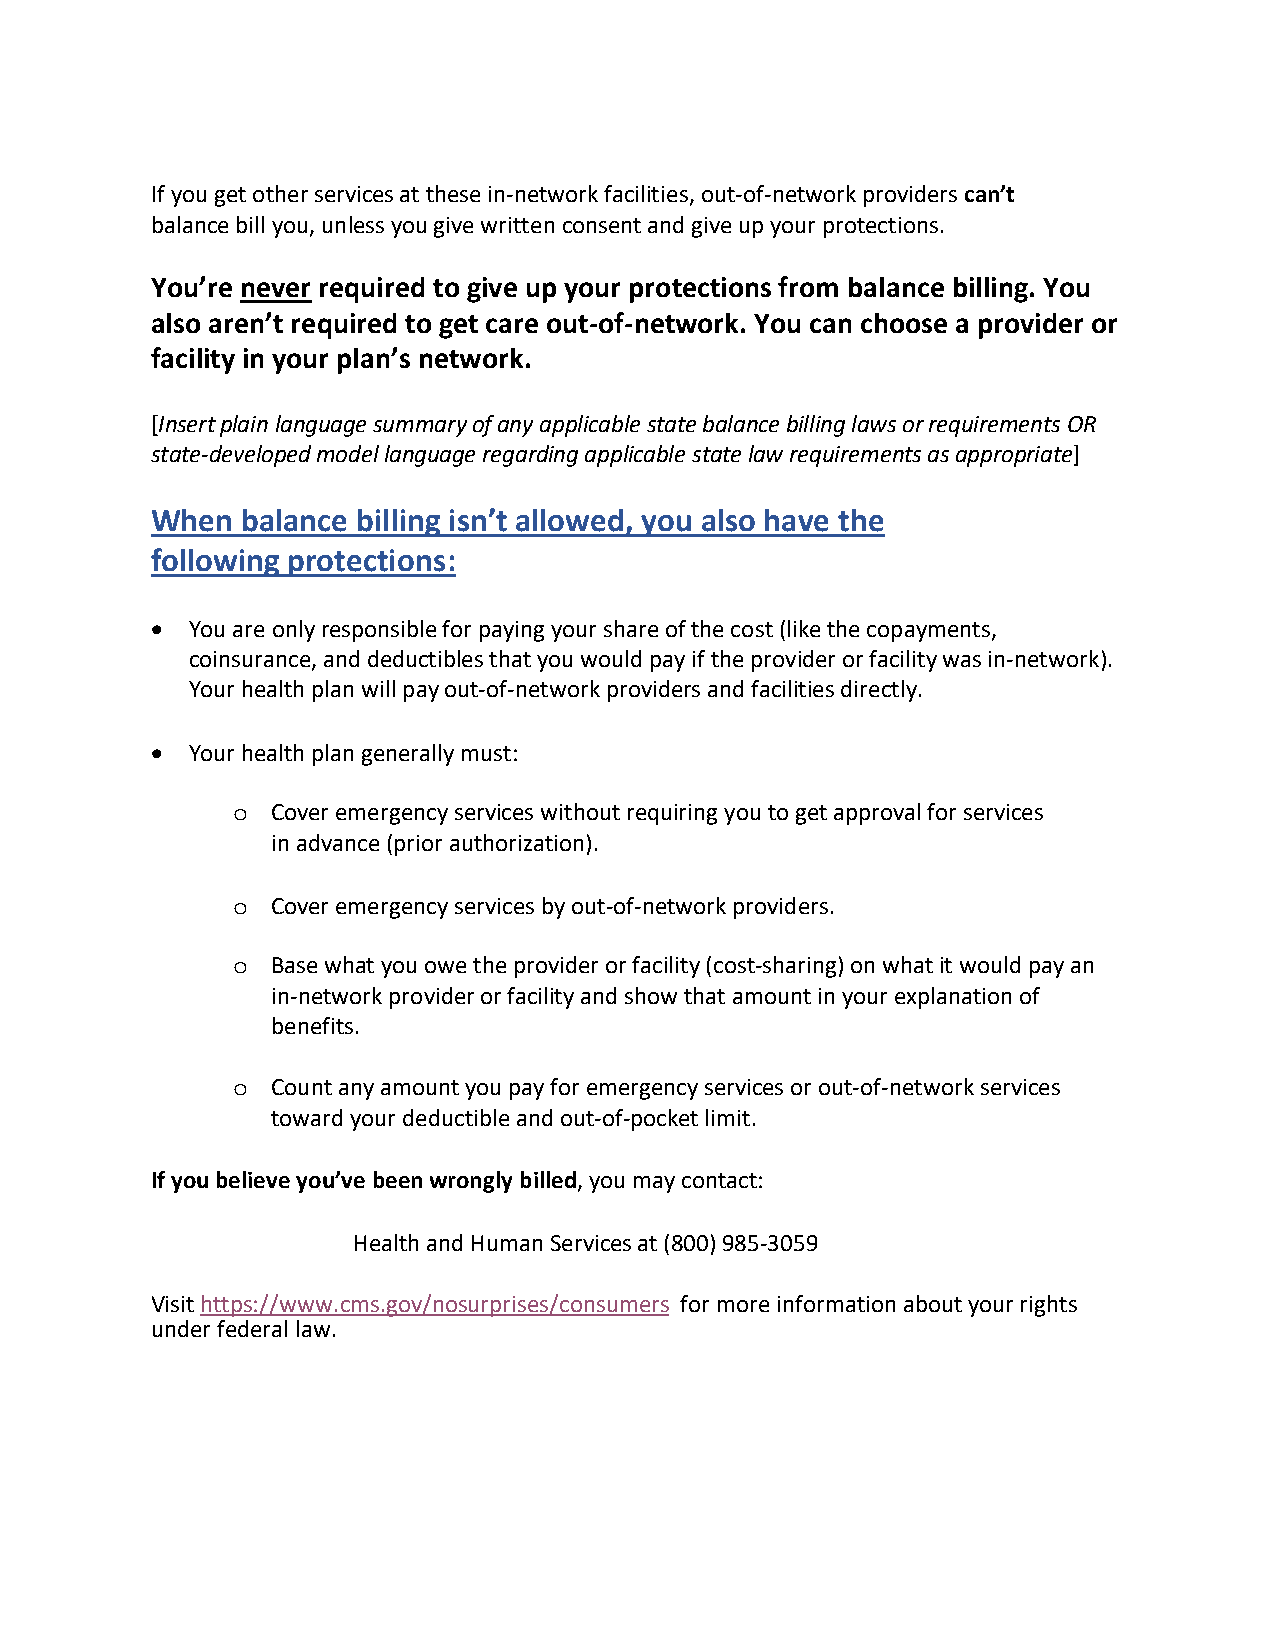
If you get other services at these in-network facilities, out-of-network providers can’t
 balance bill you, unless you give written consent and give up your protections.
 You’re never required to give up your protections from balance billing. You
 also aren’t required to get care out-of-network. You can choose a provider or
 facility in your plan’s network.
 [Insert plain language summary of any applicable state balance billing laws or requirements OR
 state-developed model language regarding applicable state law requirements as appropriate]
 When  balance billing isn’t allowed, you also have the
 following protections:
 • You are only responsible for paying your share of the cost (like the copayments,
 coinsurance, and deductibles that you would pay if the provider or facility was in-network).
 Your health plan will pay out-of-network providers and facilities directly.
 • Your health plan generally must:
 o  Cover emergency services without requiring you to get approval for services
 in advance (prior authorization).
 o  Cover emergency services by out-of-network providers.
 o  Base what you owe the provider or facility (cost-sharing) on what it would pay an
 in-network provider or facility and show that amount in your explanation of
 benefits.
 o  Count any amount you pay for emergency services or out-of-network services
 toward your deductible and out-of-pocket limit.
 If you believe you’ve been wrongly billed, you may contact:
 Health and Human Services at (800) 985-3059
 Visit https://www.cms.gov/nosurprises/consumers for more information about your rights
 under federal law.